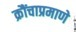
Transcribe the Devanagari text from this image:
क्रौंचाप्रमाणे